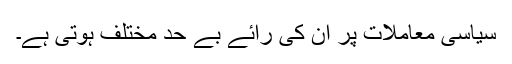
سیاسی معاملات پر ان کی رائے بے حد مختلف ہوتی ہے۔